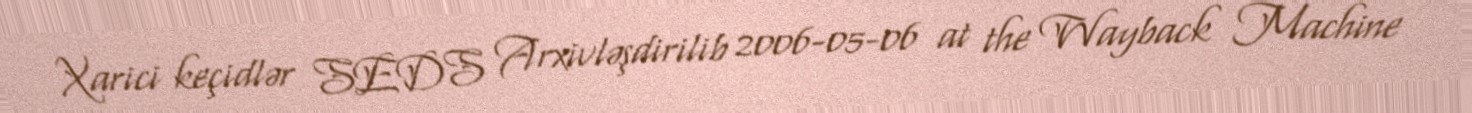
Xarici keçidlər SEDS Arxivləşdirilib 2006-05-06 at the Wayback Machine